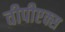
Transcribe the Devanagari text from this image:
वीपीएक्स